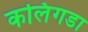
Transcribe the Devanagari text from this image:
कलिंगडा